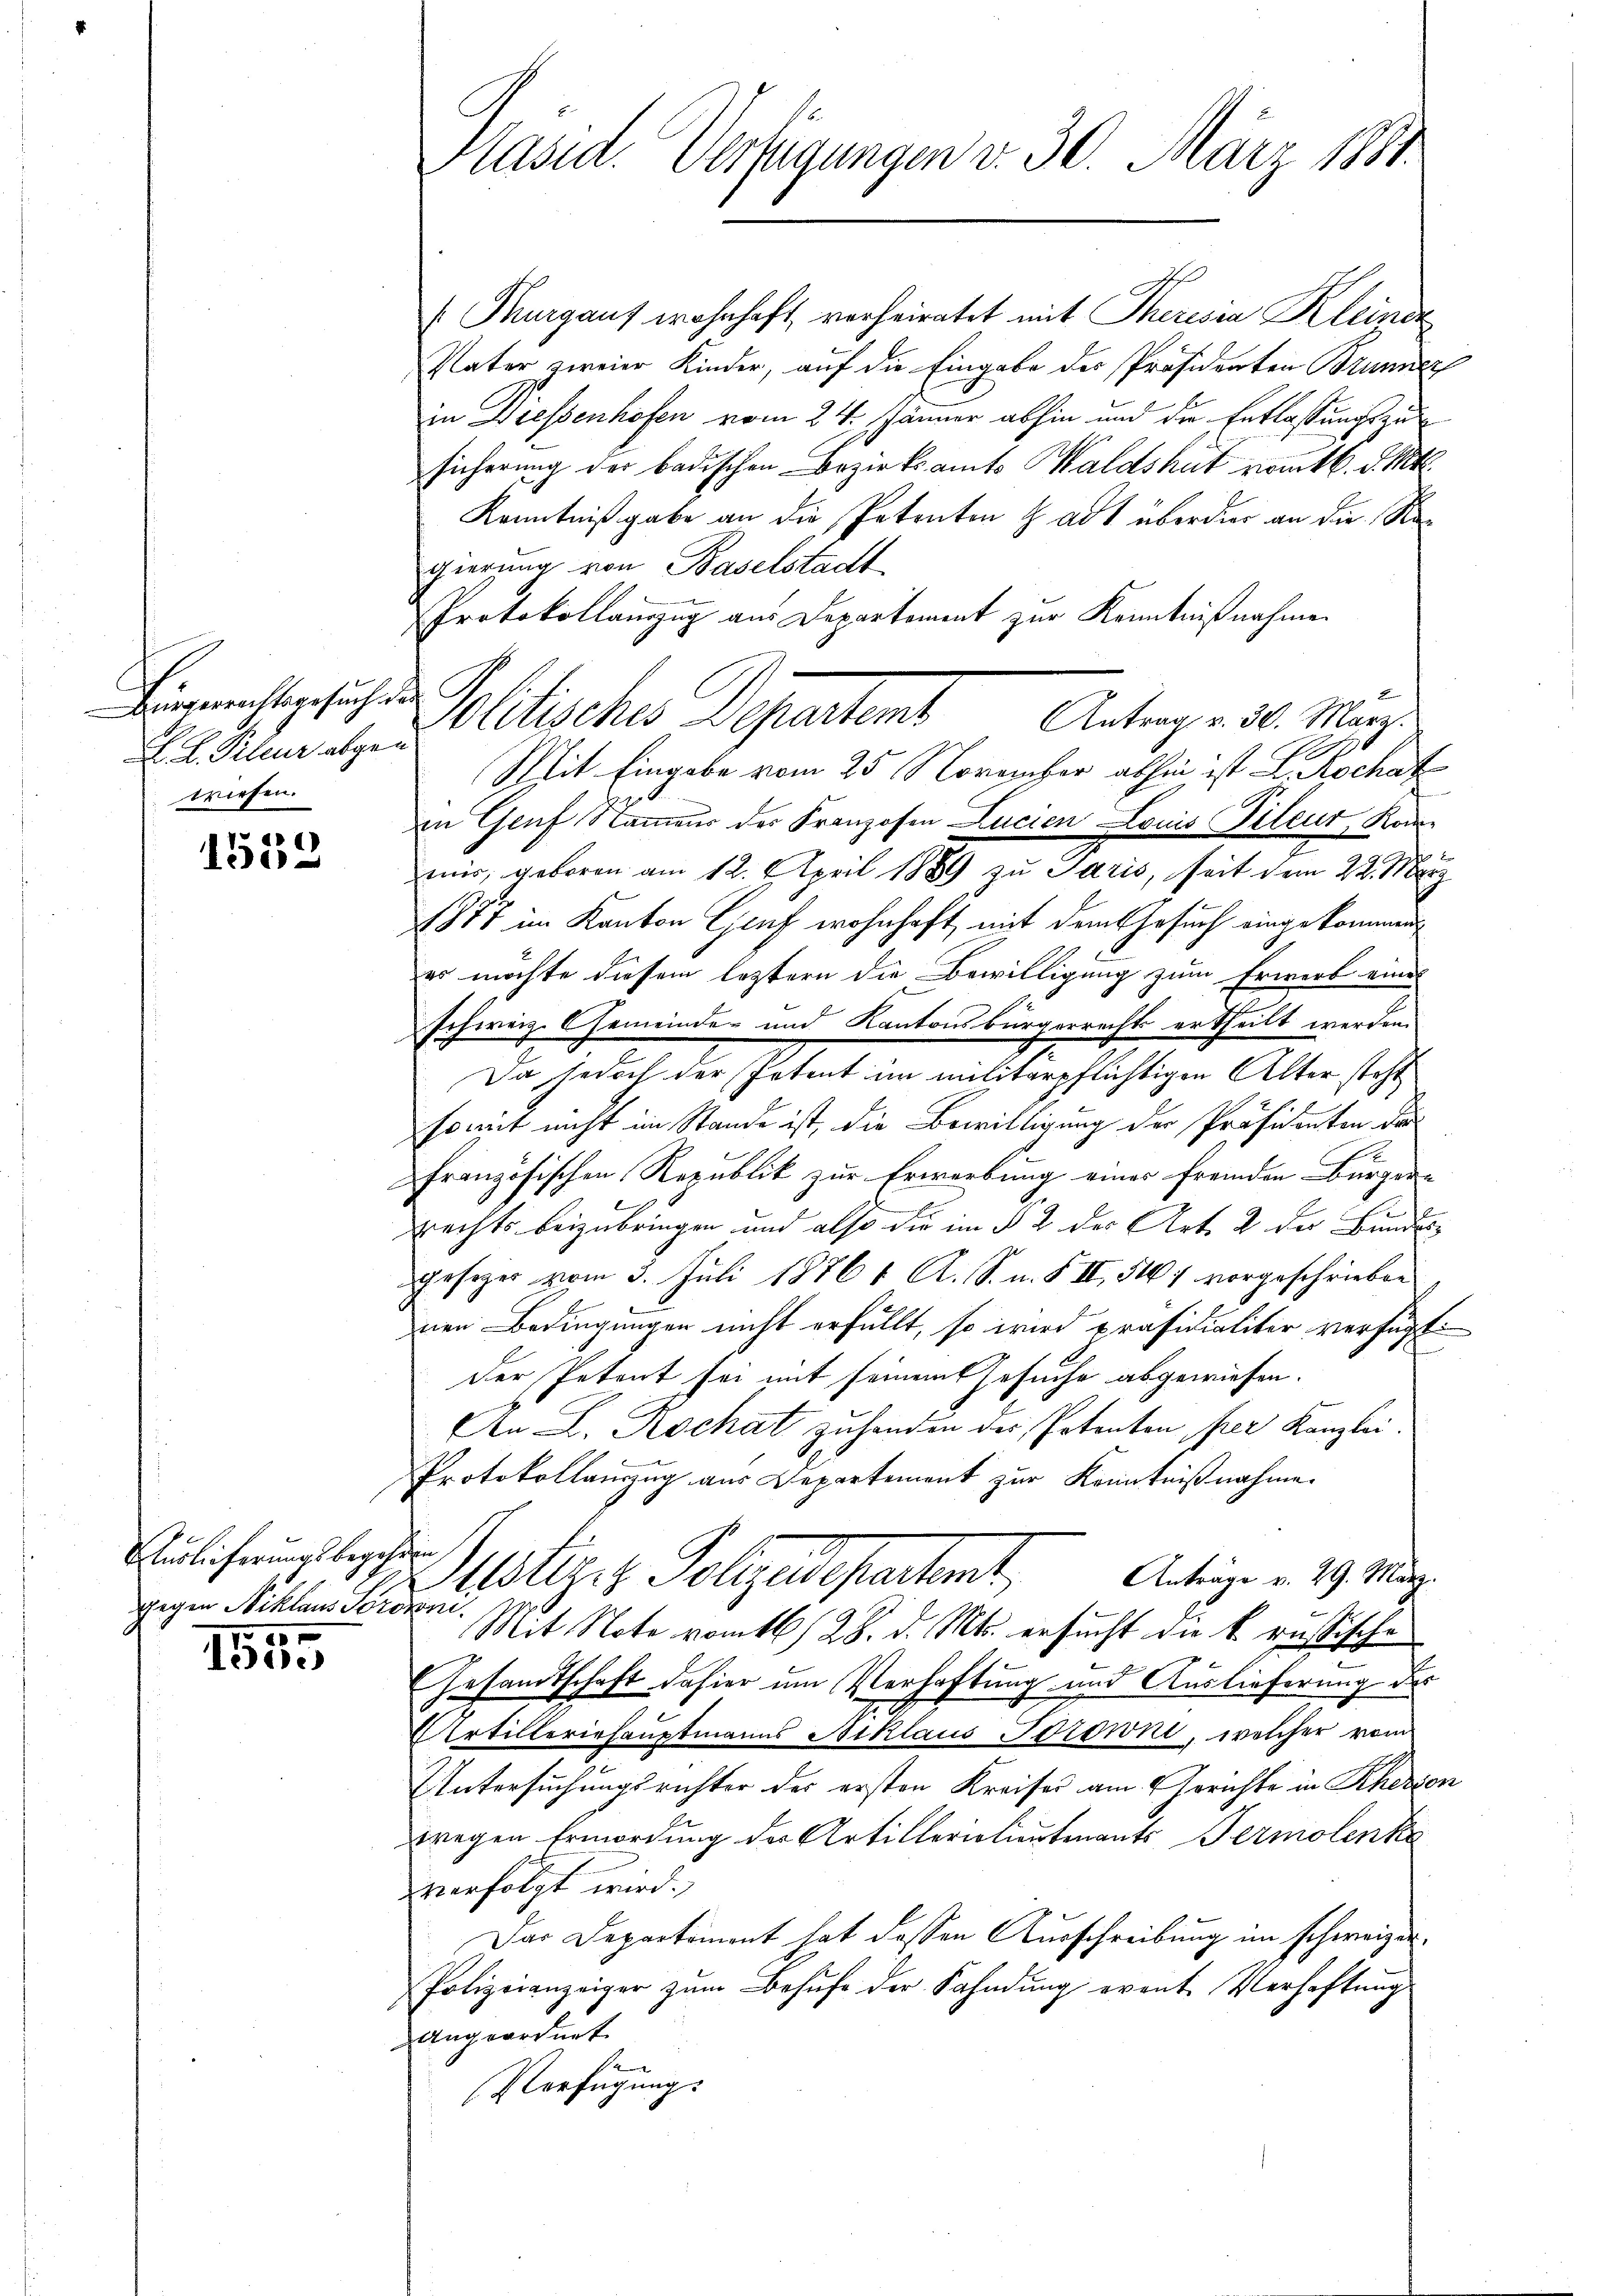
Bürgerrechtsgesuch des
L. Pileur abgen
wiesen.

1558

(Thurgaus wohnhaft verheiratet mit Theresia Kleinen
Vater zweier Kinder, auf die Eingabe der Präsidenten Brunner
in Diessenhofen vom 24. Spänner abhin und die Entlassungszusicherung der badischen Bezirksamts Waldshut namt 6. d. Mt.
Kenntnißgabe an die Petenten tadt überdies an die Regierung von Baselstadt
Protokollanzug aus Departement zur Kenntnißnahme
Pollischer gestens
Antrag v. 30. März.
Mit Eingabe vom 25. November abhin ist L. Rochat
in Genf Namens der Franzosen Lucien Louis Pileur Kon-
mir, geboren am 12. April 1889 zu Paris, seit dem 22. Merz
1887 im Kanton Graf wohnhaft, mit dem Gesuch eingekommen
es möchte diesem leztern die Bewilligung zum Erwerb eines
schweiz. Gemeinde- und Kantonsbürgerrecht ertheilt werden.
Da jedoch der Petent im militärpflichtigen Alter steht
somit nicht im Stande ist, die Bewilligung der Präsikanton da
.
Französischen Republik zur Erwerbung eines fremden Bürger-
rechts beizubringen und also die im § 2 des Art. 2 der Bundesgeseger vom 3. Juli 18761. A. S. u. § II, 5461 vorgeschrieben
nen Bedingungen nicht erfüllt, so wird präsidialiter verfügt:
der Petent sei mit seinem Gesuche abgewiesen.
An L. Rochat zuhanden der Potenten per Kanzlei.
Protokollanzug aus Departement zur Kenntnißnahme.
stiger Polizeidepartent
Anträge v. 29. März.
Mit Note vom 28. d. Mts. ersucht die k. russischen
Gesandtschaft dahier um Verhaftung und Auslieferung der
Artilleriehauptmanns Niklaus Torowni, welcher vom
Untersuchungsrichter der ersten Kreises am Gerichte in Rherzen
wegen Ermordung der Artillerialientenants Termolenke
verfolgt wird.
Das Departement hat dessen Ausschreibung im schweizer¬
Polizeianzeiger zum Behufe der Fahndung event Verhaftung
Angeordnet.
d
Verfügung:

Auslieferungsbegehren.
gegen Niklaus Sorowni

e
13oe

Pasid. Verfügungen v. 30. März 1881.